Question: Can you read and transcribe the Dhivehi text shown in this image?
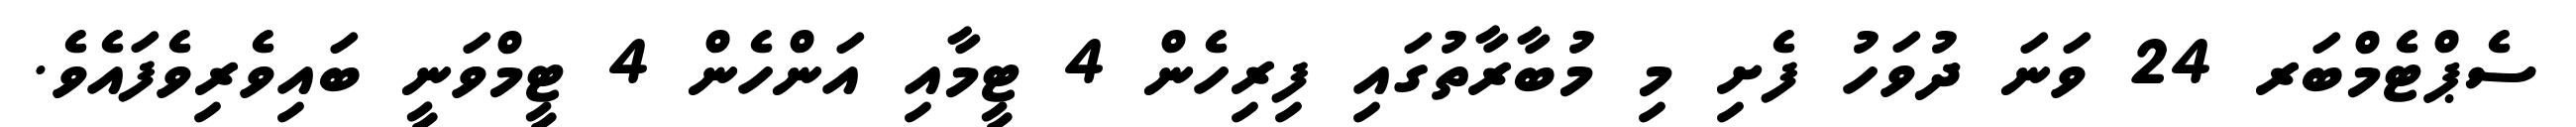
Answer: ސެޕްޓެމްބަރ 24 ވަނަ ދުވަހު ފެށި މި މުބާރާތުގައި ފިރިހެން 4 ޓީމާއި އަންހެން 4 ޓީމްވަނީ ބައިވެރިވެފައެވެ.